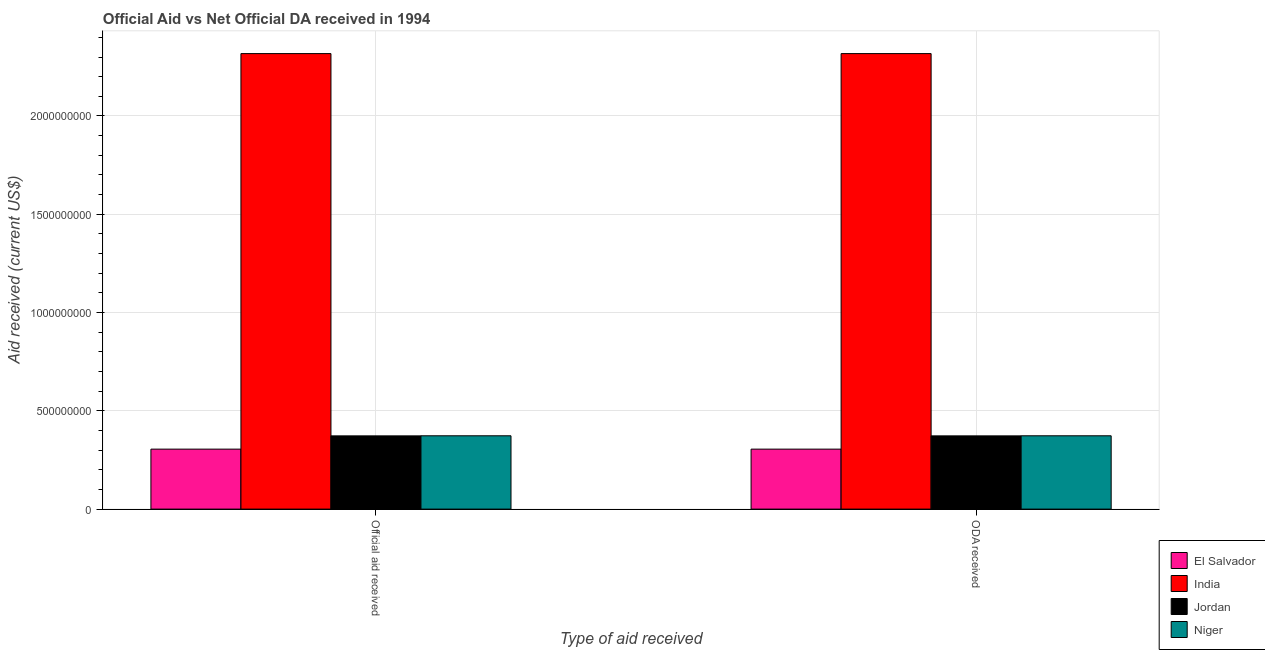
| Type of aid received | El Salvador | India | Jordan | Niger |
 | --- | --- | --- | --- | --- |
 | Official aid received | 3.05e+08 | 2.32e+09 | 3.73e+08 | 3.73e+08 |
 | ODA received | 3.05e+08 | 2.32e+09 | 3.73e+08 | 3.73e+08 |